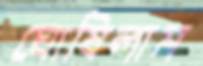
ঘোষিলাম